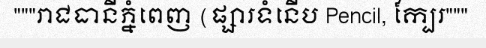
"""រាជធានីភ្នំពេញ (ផ្សារទំនើប Pencil, ក្បែរ"""